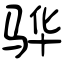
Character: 骅